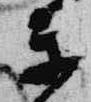
楽